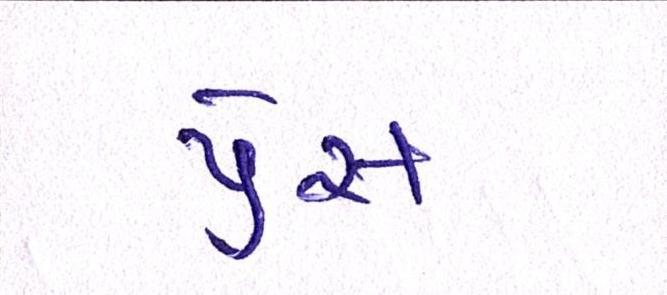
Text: પ્રેસ